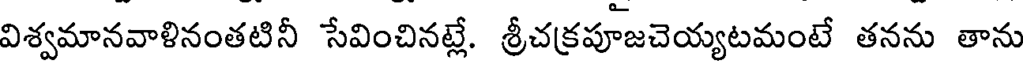
విశ్వమానవాళినంతటినీ సేవించినట్లే. శ్రీచక్రపూజచెయ్యటమంటే తనను తాను